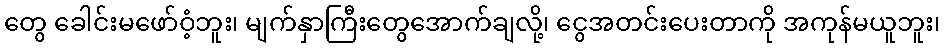
တွေ ခေါင်းမဖော်ဝံ့ဘူး၊ မျက်နှာကြီးတွေအောက်ချလို့၊ ငွေအတင်းပေးတာကို အကုန်မယူဘူး၊